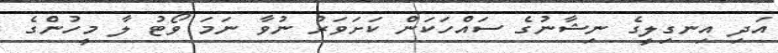
އަދި އިނގިލީގެ ނިޝާނުގެ ސައްހަކަން ކަށަވަރު ނުވާ ނަމަ ވޯޓު ލާ މީހުންގެ